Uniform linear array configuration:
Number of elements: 4
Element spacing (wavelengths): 0.75
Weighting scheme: uniform
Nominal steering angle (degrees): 45
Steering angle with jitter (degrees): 44.0
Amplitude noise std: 0.05
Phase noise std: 0.05

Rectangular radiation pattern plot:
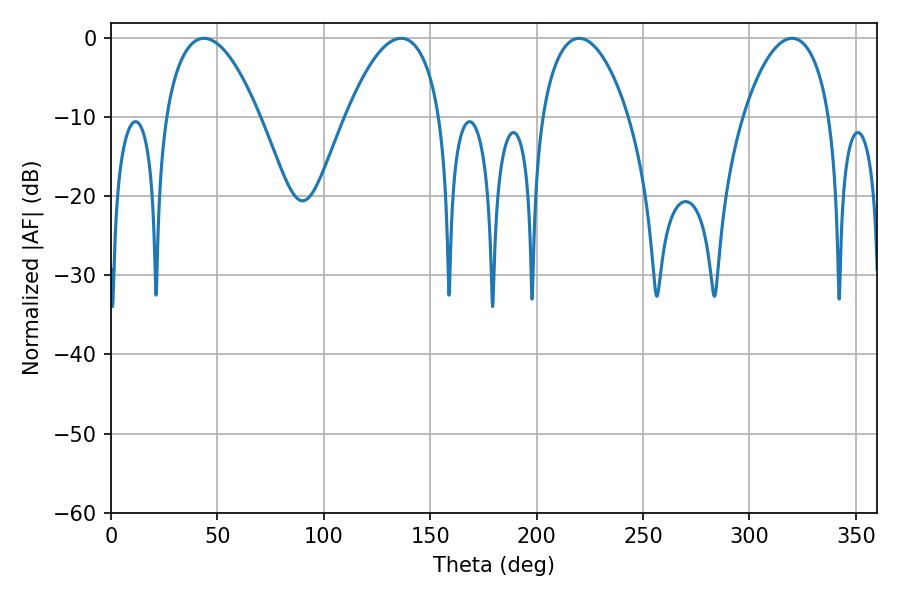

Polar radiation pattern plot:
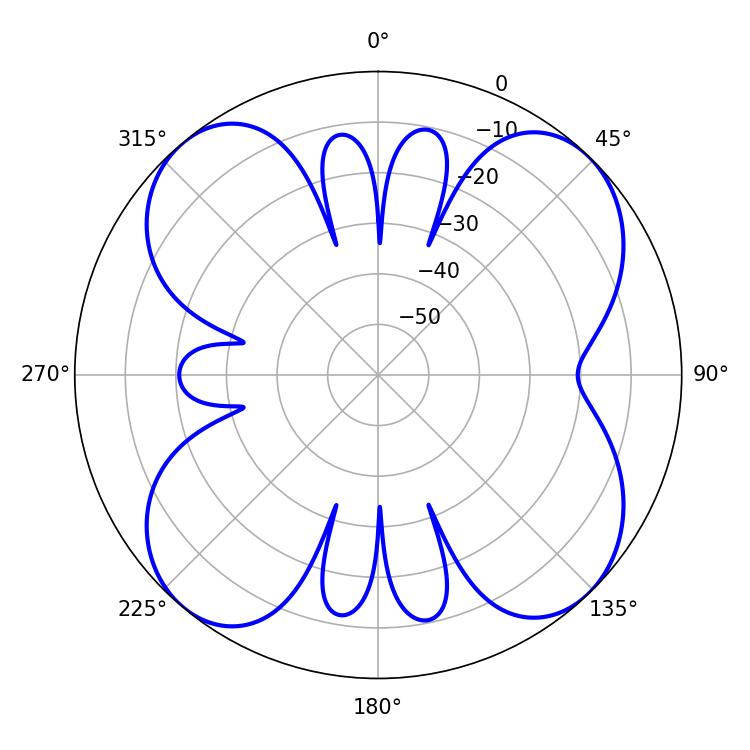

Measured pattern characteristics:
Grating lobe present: TRUE
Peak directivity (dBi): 12.944
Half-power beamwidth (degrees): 22.86
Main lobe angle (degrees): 219.96